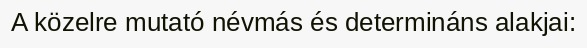
A közelre mutató névmás és determináns alakjai: